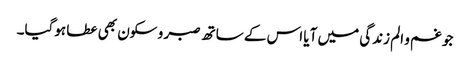
جو غم و الم زندگی میں آیا اس کے ساتھ صبر و سکون بھی عطا ہوگیا۔